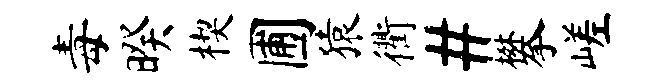
毒暌楔圃猿衢#攀嵯